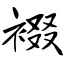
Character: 裰